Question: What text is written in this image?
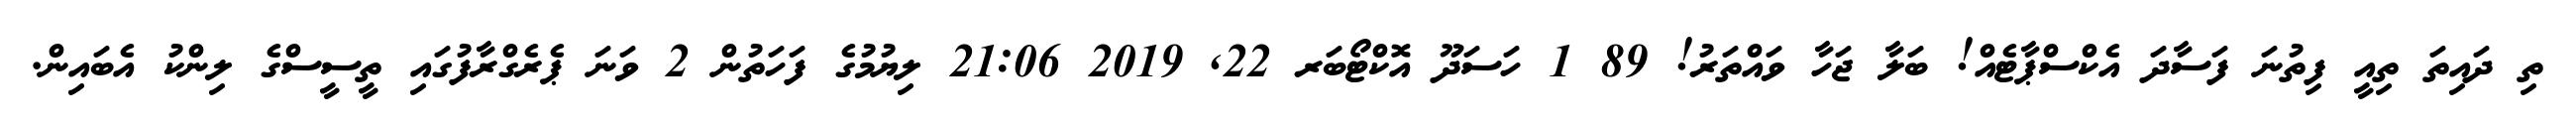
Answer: ތި ދައިތަ ތިއީ ފިތުނަ ފަސާދަ އެކްސްޕާޓެއް! ބަލާ ޖަހާ ވައްތަރު! 89 1 ހަސަދޫ އޮކްޓޯބަރ 22, 2019 21:06 ލިޔުމުގެ ފަހަތުން 2 ވަނަ ޕެރެގްރާފުގައި ތީސީސްގެ ލިންކު އެބައިން.